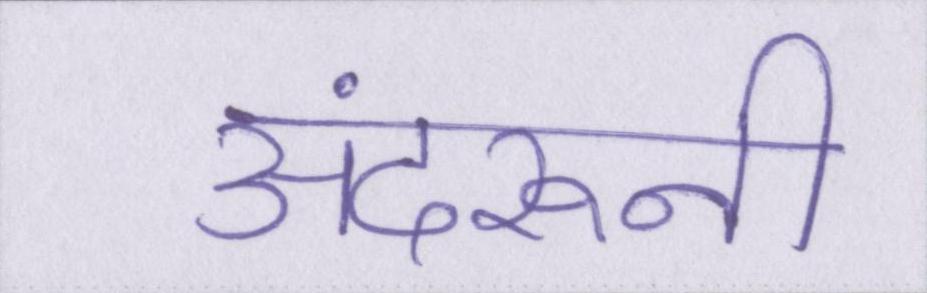
अंदरूनी